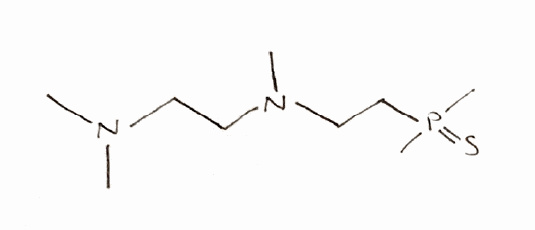
Simplified molecular-input line-entry system (SMILES) notation of the given molecule:
CN(C)CCN(C)CCP(=S)(C)C